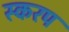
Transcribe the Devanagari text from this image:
स्करप